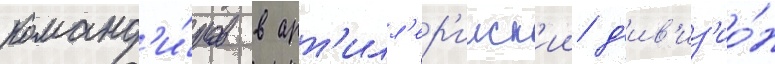
команд'и́ров в арт'илл'ер'ииск'ии д'ив'из'ио́н